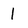
Character: 1